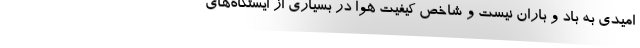
امیدی به باد و باران نیست و شاخص کیفیت هوا در بسیاری از ایستگاه‌های